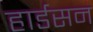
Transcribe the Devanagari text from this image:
हार्डसन